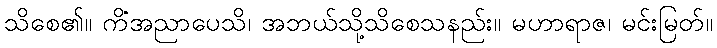
သိစေ၏။ ကိံအညာပေသိ၊ အဘယ်သို့သိစေသနည်း။ မဟာရာဇ၊ မင်းမြတ်။